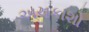
અચકાશો